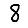
Digit: 8